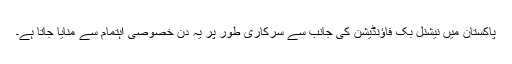
پاکستان میں نیشنل بک فاؤنڈیشن کی جانب سے سرکاری طور پر یہ دن خصوصی اہتمام سے منایا جاتا ہے۔